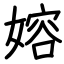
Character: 嫆